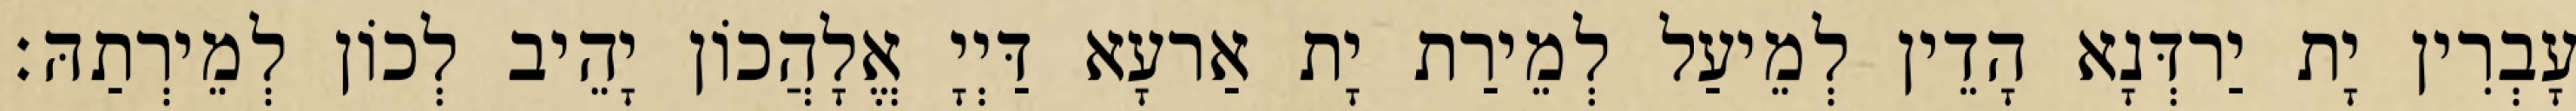
עָבְרִין יָת יַרדְּנָא הָדֵין לְמֵיעַל לְמֵירַת יָת אַרעָא דַּיְיָ אֱלָהֲכוֹן יָהֵיב לְכוֹן לְמֵירְתַהּ׃